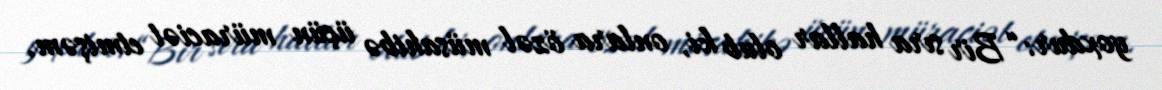
yoxdur: “Bir sıra hallar olub ki, onlara özəl müsahibə üçün müraciət etmişəm.